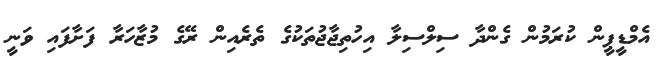
އެމްޑީޕީން ކުރަމުން ގެންދާ ސިލްސިލާ އިހުތިޖާޖުތަކުގެ ތެރެއިން ރޭގެ މުޒާހަރާ ފަށާފައި ވަނީ